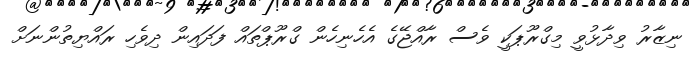
ނިޒާރު ވިދާޅުވީ މިގްރޫޕަކީ ވެސް ރާއްޖޭގެ އެހެނިހެން ގްރޫޕްތައް ފަދައިން ދިވެހި ރައްޔިތުންނަށް